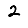
Digit: 2